system: You are a helpful assistant.
user:
Analyze the provided spectrum to determine if it is a **White Dwarf (WD)**.

A White Dwarf spectrum is defined by its **extreme purity** (due to gravitational settling) and/or **extreme pressure broadening** (due to high surface gravity). You must check for one of the following mutually exclusive signatures:

- **Key Visual Indicators (Check for ONE of these types):**

    - **1. DA-Type Signature (Most Common):**
        - **(Primary Feature):** Extreme pressure broadening (Stark broadening) of the **Hydrogen (H) Balmer lines**.
        - **(Key Lines):** $H\beta$ (approx. $4861$ Å) and $H\gamma$ (approx. $4340$ Å). $H\alpha$ (approx. $6563$ Å) will also be present if the wavelength range covers it.
        - **(Line Profile):** This is the **defining feature**. The lines are **NOT** sharp. They appear as massive, **extremely broad and deep "troughs" or "dips"** in the spectrum, often hundreds of Ångströms wide. The continuum will appear to "scoop" down at these wavelengths.
        - **(Distinction):** Normal A-type or B-type stars have *narrow* and *sharp* Hydrogen lines. A DA White Dwarf's lines are unmistakably "smeared" or "blurry" from pressure.

    - **2. DB-Type Signature:**
        - **(Primary Feature):** Broad absorption lines from **Neutral Helium (He I)**. The spectrum must lack any visible Hydrogen lines.
        - **(Key Lines):** Look for broad absorption near $4471$ Å, $4921$ Å, and $5876$ Å.
        - **(Line Profile):** These lines are also significantly pressure-broadened, appearing much wider than they would in a normal B-type main-sequence star.

    - **3. DC-Type Signature:**
        - **(Primary Feature):** A **featureless continuous spectrum**.
        - **(Line Profile):** The spectrum is a smooth curve with **no significant absorption or emission lines**.
        - **(Key Confirmation):** The continuum is almost always **blue or white**, indicating a hot object. This signature implies the atmosphere is so pure (or so cool) that no spectral lines are visible in the optical range. Its WD identity is confirmed by its extremely low intrinsic brightness (high absolute magnitude).

    - **4. DZ-Type Signature (Metal-Polluted):**
        - **(Primary Feature):** **Isolated, narrow metal absorption lines** on an otherwise featureless (DC-like) continuum.
        - **(Key Lines):** The **Calcium (Ca II) H & K doublet** (approx. **$3934$ Å** and **$3968$ Å**) is the most common and defining feature.
        - **(Line Profile):** These lines are "out of place." They are *not* part of a "forest" of thousands of lines. This signature is evidence of recent *accretion* (pollution) from rocky debris.
        - **(Distinction):** Normal G/K/M stars have a *dense forest* of thousands of metal lines. A DZ has a *clean* continuum with *only a few* strong metal lines.

    - **5. DQ-Type Signature (Carbon-Polluted):**
        - **(Primary Feature):** Absorption bands from **Carbon (C₂ "Swan Bands" or atomic C I)**.
        - **(Key Lines - C₂):** Look for bandheads with a "saw-tooth" shape near $5635$ Å, **$5165$ Å** (strongest), and $4737$ Å.
        - **(Key Confirmation):** The underlying **continuum must be blue or white** (hot).
        - **(Distinction):** This is the critical difference from a **Carbon Star**, which has the *exact same* C₂ bands but on an extremely **red, cool** continuum.

- **(Overall Spectrum):**
    - The continuum (overall shape) is typically **blue-sloping** (brighter in the blue than the red), as most white dwarfs are very hot.
    - The spectrum will look "pure" or "simple," dominated by only *one* of the five signatures listed above.

Think first, call **spectral_visualization_tool** if needed to examine features in detail, then provide your final answer. Your response must adhere to the following strict rules:
1.  **Overall Structure:** Your response must follow the format `<think>...</think> <tool_call>...</tool_call> (if a tool is used) <answer>...</answer>`.
2.  **Tool Usage Constraint:** You may only make **one** tool call per turn.
3.  **Final Answer Format:** In the `<answer>` tag, your conclusion must be inside a `\boxed{}` command (e.g., `\boxed{YES}` or `\boxed{NO}`), followed by your justification.

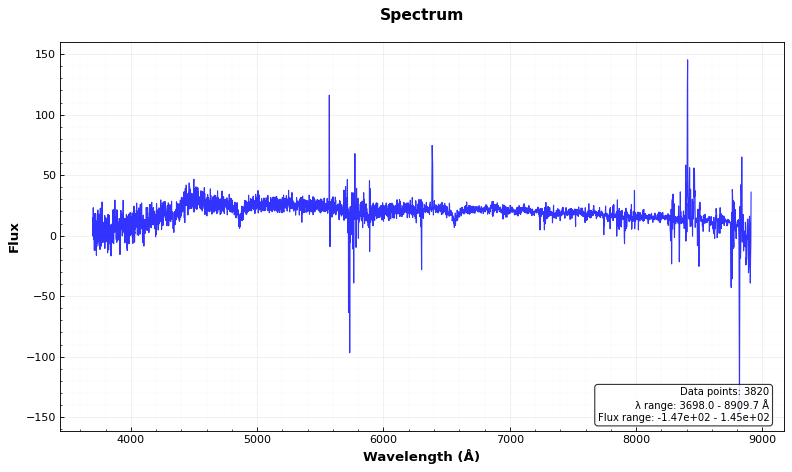
Answer: YES